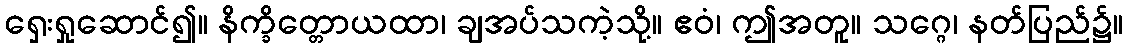
ရှေးရှုဆောင်၍။ နိက္ခိတ္တောယထာ၊ ချအပ်သကဲ့သို့။ ဧဝံ၊ ဤအတူ။ သဂ္ဂေ၊ နတ်ပြည်၌။